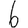
Digit: 6